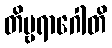
တိဗ္ဗရာဂေါတိ